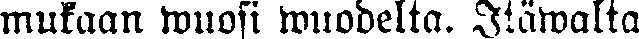
mukaan wuosi wuodelta. Itäwalta